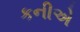
કનીએ